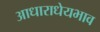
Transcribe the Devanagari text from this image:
आधाराधेयभाव